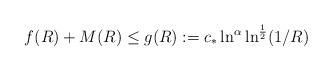
LaTeX: \begin{align*}f(R)+M(R)\leq g(R):=c_*\ln^\alpha\ln^\frac 12(1/R)\end{align*}